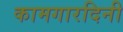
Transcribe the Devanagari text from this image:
कामगारदिनी